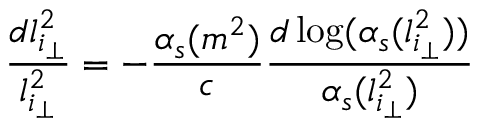
\frac { d l _ { i _ { \perp } } ^ { 2 } } { l _ { i _ { \perp } } ^ { 2 } } = - \frac { \alpha _ { s } ( m ^ { 2 } ) } { c } \frac { d \log ( \alpha _ { s } ( l _ { i _ { \perp } } ^ { 2 } ) ) } { \alpha _ { s } ( l _ { i _ { \perp } } ^ { 2 } ) }